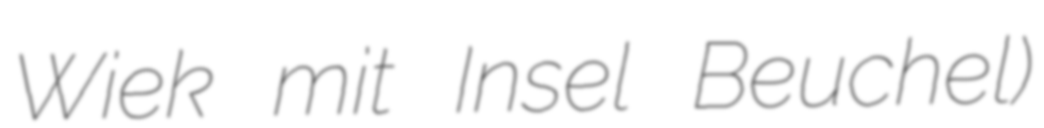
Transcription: Wiek mit Insel Beuchel)